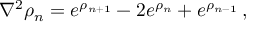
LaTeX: \nabla ^ { 2 } \rho _ { n } = e ^ { \rho _ { n + 1 } } - 2 e ^ { \rho _ { n } } + e ^ { \rho _ { n - 1 } } \, ,